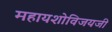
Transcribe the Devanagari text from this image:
महायशोविजयजी